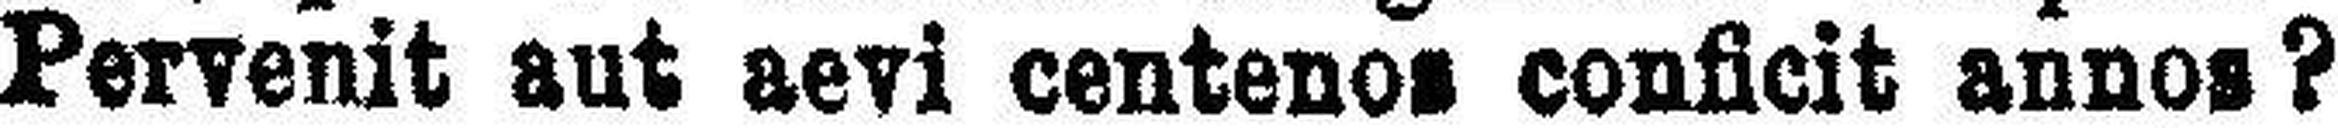
Pervenit aut aevi centenos conficit annos?